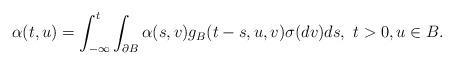
LaTeX: \begin{align*}\alpha(t,u)=\int^t_{-\infty}\int_{\partial B}\alpha(s,v)g_B(t-s,u,v)\sigma(dv)ds, \ t>0, u\in B.\end{align*}